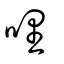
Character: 哩